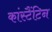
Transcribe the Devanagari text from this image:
कांस्टैंटिन